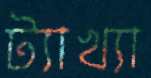
ট্যাখ্যা